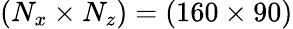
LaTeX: (N_{x}\times N_{z})=(160\times 90)